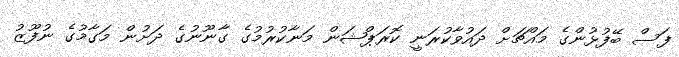
ފަސް ބޭފުޅުންގެ މައްޗަށް ދައުވާކުރަނީ ކޮރަޕްޝަން މަނާކުރުމުގެ ގާނޫނުގެ ދަށުން މަގާމުގެ ނުފޫޒު